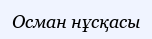
Осман нұсқасы